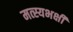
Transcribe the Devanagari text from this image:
मत्स्यभक्षी